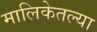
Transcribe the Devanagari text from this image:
मालिकेतल्या